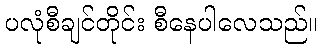
ပလုံစီချင်တိုင်း စီနေပါလေသည်။